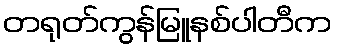
တရုတ်ကွန်မြူနစ်ပါတီက